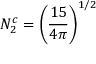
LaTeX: N _ { 2 } ^ { c } = \left( { \frac { 1 5 } { 4 \pi } } \right) ^ { 1 / 2 }